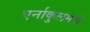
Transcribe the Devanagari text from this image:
एर्नाकुलमचे